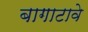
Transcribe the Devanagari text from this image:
बागाटावे